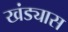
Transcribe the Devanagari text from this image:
खंड्यास